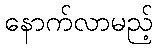
နောက်လာမည့်